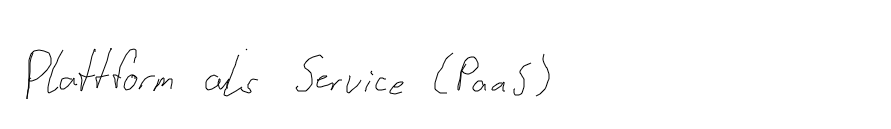
Plattform als Service (PaaS)